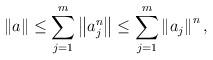
LaTeX: \begin{align*}\left\Vert a \right\Vert \le \sum_{j=1}^m \left\Vert a_j^n \right\Vert \le \sum_{j=1}^m \left\Vert a_j \right\Vert^n,\end{align*}